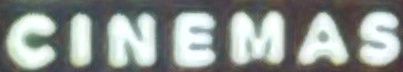
CINEMAS